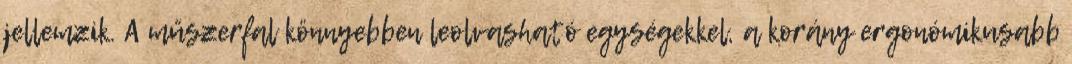
jellemzik. A műszerfal könnyebben leolvasható egységekkel, a korány ergonómikusabb